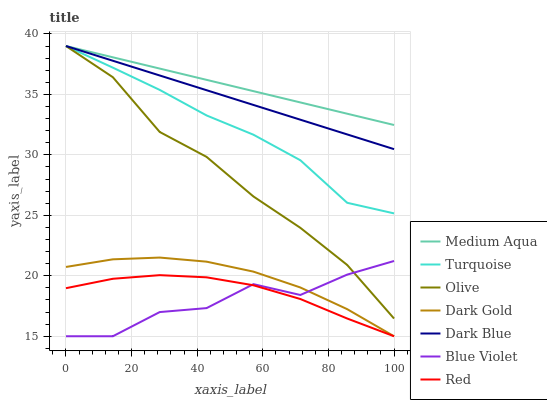
| xaxis_label | Medium Aqua | Turquoise | Olive | Dark Gold | Dark Blue | Blue Violet | Red |
 | --- | --- | --- | --- | --- | --- | --- | --- |
 | 0 | 39 | 39 | 39 | 20.7 | 39 | 15 | 19 |
 | 14.3 | 38.1 | 37.2 | 36.4 | 21.4 | 37.8 | 15 | 19.8 |
 | 28.6 | 37.1 | 35.4 | 31.9 | 21.5 | 36.6 | 17 | 20.1 |
 | 42.9 | 36.2 | 33.3 | 29.8 | 21.2 | 35.3 | 17.3 | 19.9 |
 | 57.1 | 35.3 | 31.7 | 26.6 | 20.3 | 34.1 | 19.3 | 19.2 |
 | 71.4 | 34.3 | 29.6 | 24 | 19 | 32.9 | 18.4 | 18.1 |
 | 85.7 | 33.4 | 26 | 20.9 | 17.2 | 31.7 | 20.1 | 16.5 |
 | 100 | 32.5 | 25.2 | 16.5 | 15 | 30.5 | 21.2 | 15 |